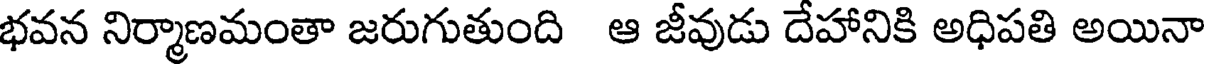
భవన నిర్మాణమంతా జరుగుతుంది ఆ జీవుడు దేహానికి అధిపతి అయినా